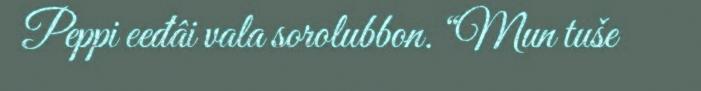
Peppi eeđâi vala sorolubbon. “Mun tuše